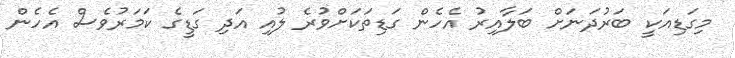
މިގަޑިއަކީ ބަރުދަނަށް ބަލާއިރު އެހެން ގަޑިތަކަށްވުރެ ލުއި އަދި ގަޑީގެ ކަމަރުވެސް އެހެން